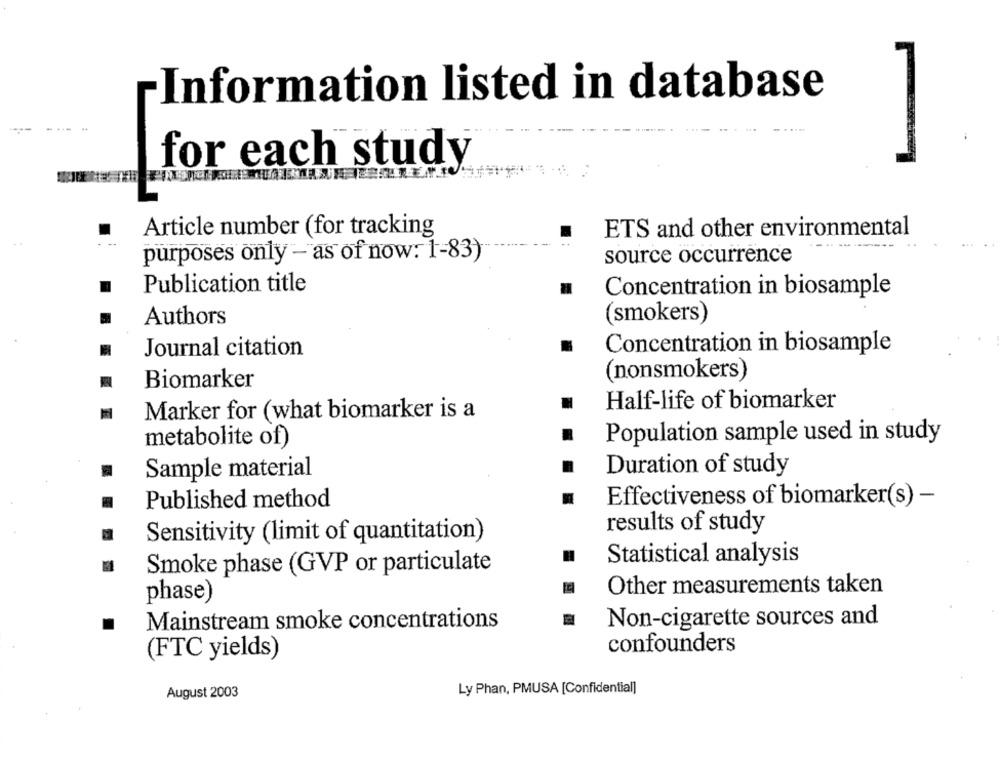
Information listed in database
for each study
Article number (for tracking
ETS and other environmental
purposes only - as of now: 1-83)
source occurrence
Publication title
Concentration in biosample
(smokers)
Authors
Concentration in biosample
Journal citation
(nonsmokers)
Biomarker
Half-life of biomarker
Marker for (what biomarker is a
Population sample used in study
metabolite of)
Duration of study
Sample material
Effectiveness of biomarker(s) -
Published method
results of study
Sensitivity (limit of quantitation)
Statistical analysis
Smoke phase (GVP or particulate
Other measurements taken
phase)
Mainstream smoke concentrations
Non-cigarette sources and
confounders
(FTC yields)
Ly Phan, PMUSA [Confidential]
August 2003